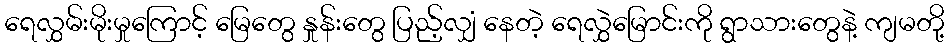
ရေလွှမ်းမိုးမှုကြောင့် မြေတွေ နှုန်းတွေ ပြည့်လျှံ နေတဲ့ ရေလွှဲမြောင်းကို ရွာသားတွေနဲ့ ကျမတို့